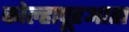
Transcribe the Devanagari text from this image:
कोल्हापूरआता